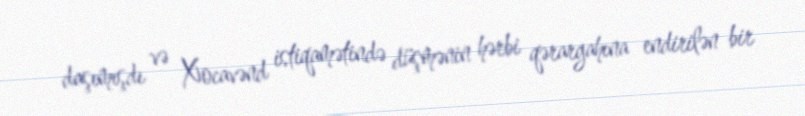
daşımışdı və Xocavənd istiqamətində düşmənin hərbi qərargahına endirilən bir